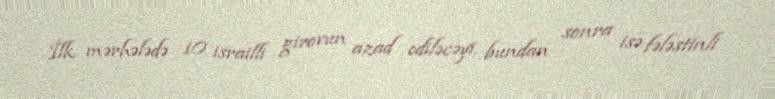
İlk mərhələdə 10 israilli girovun azad ediləcəyi, bundan sonra isə fələstinli